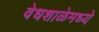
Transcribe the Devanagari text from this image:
वेधशाळेमध्ये